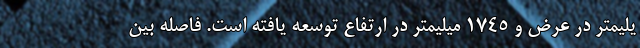
یلیمتر در عرض و 1745 میلیمتر در ارتفاع توسعه یافته است. فاصله بین